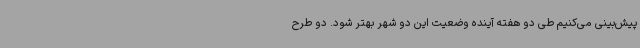
پیش‌بینی می‌کنیم طی دو هفته آینده وضعیت این دو شهر بهتر شود. دو طرح